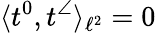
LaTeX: \langle t^{0},t^{\angle}\rangle_{\ell^{2}}=0